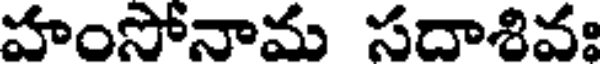
హంసోనామ సదాశివః